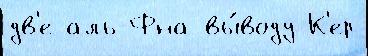
дв'е аль-Фна вы́воду К'ер